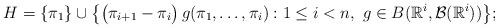
LaTeX: \begin{gather*}H=\{\pi_1\}\cup\bigl\{\bigl(\pi_{i+1}-\pi_i\bigr)\,g(\pi_1,\ldots,\pi_i):1\le i<n,\,\,g\in B(\mathbb{R}^i,\mathcal{B}(\mathbb{R}^i))\bigr\};\end{gather*}